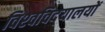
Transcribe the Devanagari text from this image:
विश्‍वविद्‌यालयों